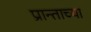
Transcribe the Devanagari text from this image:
प्रान्ताच्या